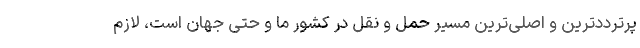
پرترددترین و اصلی‌ترین مسیر حمل و نقل در کشور ما و حتی جهان است، لازم